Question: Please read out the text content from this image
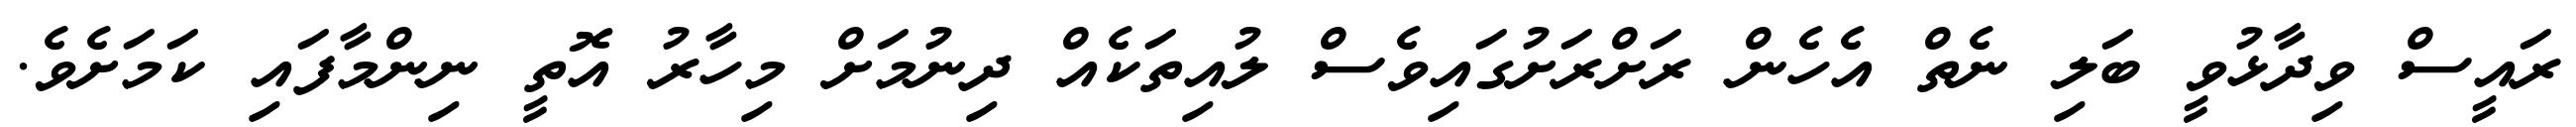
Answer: ރައީސް ވިދާޅުވީ ބަލި ނެތް އެހެން ރަށްރަށުގައިވެސް ލުއިތަކެއް ދިނުމަށް މިހާރު އޮތީ ނިންމާފައި ކަމަށެވެ.